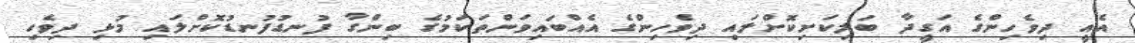
އެއީ ދިވެހިންގެ އަގީދާ ބަލިކަށިކޮށްލައި ދިވެހިންގެ އެއްބައިވަންތަކަމުގެ ބިންގާ ފުނޑުފުނޑުކޮށްލައި މުޅި ދިވެހި